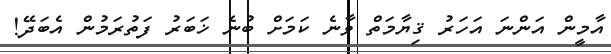
އާމީން އަންނަ އަހަރު ޤިޔާމަތް ވާނެ ކަމަށް ބުނެ ޚަބަރު ފަތުރަމުން އެބަދޭ!